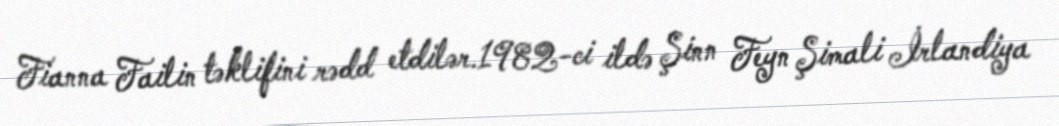
Fianna Failin təklifini rədd etdilər.1982-ci ildə Şinn Feyn Şimali İrlandiya